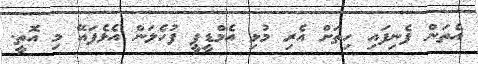
އެތަން ފެނިފައި ހިތަށް އެރި މުޅި އެމްޑީޕީ ފުހެލަން އެޅެފައޭ މި އޮތީ.